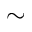
\sim